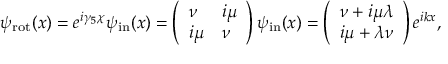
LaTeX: \psi _ { \mathrm { r o t } } ( x ) = e ^ { i \gamma _ { 5 } \chi } \psi _ { \mathrm { i n } } ( x ) = \left( \begin{array} { l l } { { \nu } } & { { i \mu } } \\ { { i \mu } } & { { \nu } } \end{array} \right) \psi _ { \mathrm { i n } } ( x ) = \left( \begin{array} { l } { { \nu + i \mu \lambda } } \\ { { i \mu + \lambda \nu } } \end{array} \right) e ^ { i k x } ,